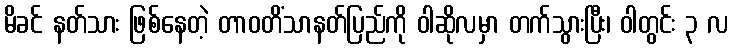
မိခင် နတ်သား ဖြစ်နေတဲ့ တာဝတိံသာနတ်ပြည်ကို ဝါဆိုလမှာ တက်သွားပြီး၊ ဝါတွင်း ၃ လ